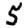
Digit: 5